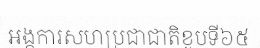
អង្គការសហប្រជាជាតិខួបទី៦៥